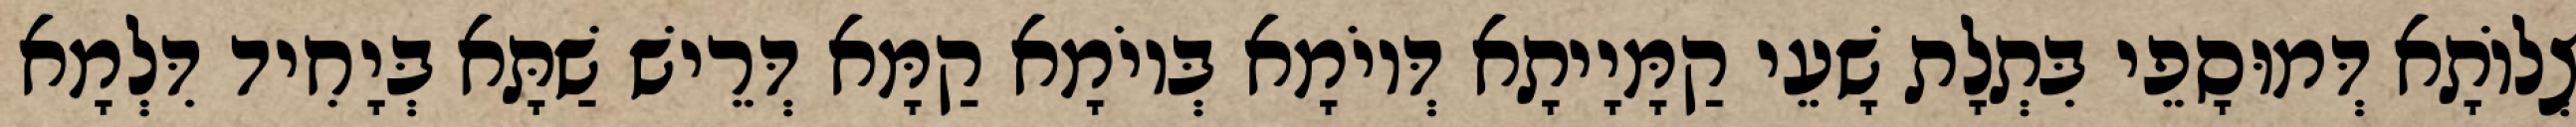
צְלוֹתָא דְּמוּסָפֵי בִּתְלָת שָׁעֵי קַמָּיָיתָא דְּיוֹמָא בְּיוֹמָא קַמָּא דְּרֵישׁ שַׁתָּא בְּיָחִיד דִּלְמָא